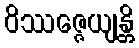
ဝိဿဇ္ဇေယျန္တိ